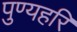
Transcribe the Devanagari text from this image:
पुण्यहरि